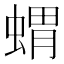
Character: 蝟